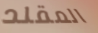
المقلد